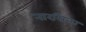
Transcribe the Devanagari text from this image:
नारसिन्घ